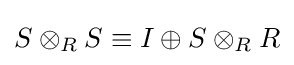
S\otimes _{R}S\equiv I\oplus S\otimes _{R}R